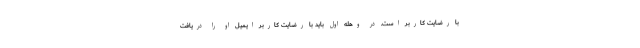
با رضایت کاربر است. در وهله اول باید با رضایت کاربر ایمیل او را دریافت